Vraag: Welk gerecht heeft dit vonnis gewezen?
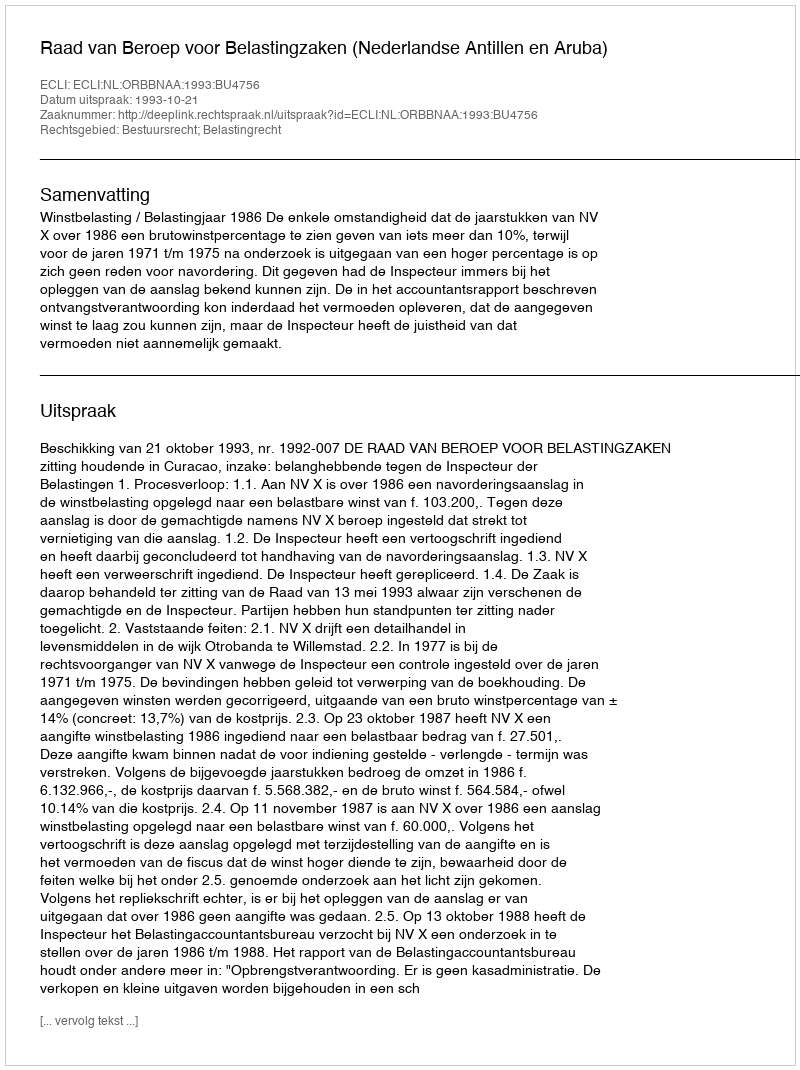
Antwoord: Raad van Beroep voor Belastingzaken (Nederlandse Antillen en Aruba)